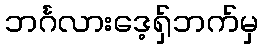
ဘင်္ဂလားဒေ့ရှ်ဘက်မှ